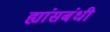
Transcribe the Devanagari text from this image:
ह्यांसबंधी